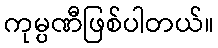
ကုမ္ပဏီဖြစ်ပါတယ်။